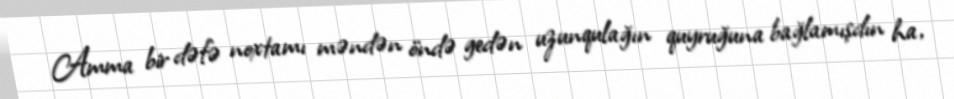
Amma bir dəfə noxtamı məndən öndə gedən uzunqulağın quyruğuna bağlamışdın ha,